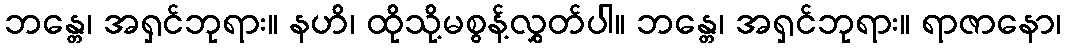
ဘန္တေ၊ အရှင်ဘုရား။ နဟိ၊ ထိုသို့မစွန့်လွှတ်ပါ။ ဘန္တေ၊ အရှင်ဘုရား။ ရာဇာနော၊